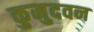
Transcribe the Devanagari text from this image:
कुमुदवन